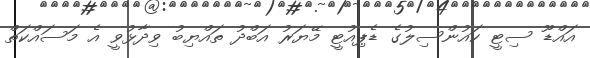
އައްޑޫ ސިޓީ ކައުންސިލުގެ ޑެޕިއުޓީ މޭޔަރު އަބްދު ތައްޔިބު ވިދާޅުވީ އެ މަސައްކަތް